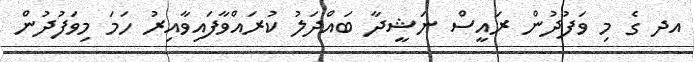
އދ ގެ މި ވަފުދުން ރައީސް ނަޝީދާ ބައްދަލު ކުރައްވާފައިވާއިރު ހަމަ މިވަފުދުން